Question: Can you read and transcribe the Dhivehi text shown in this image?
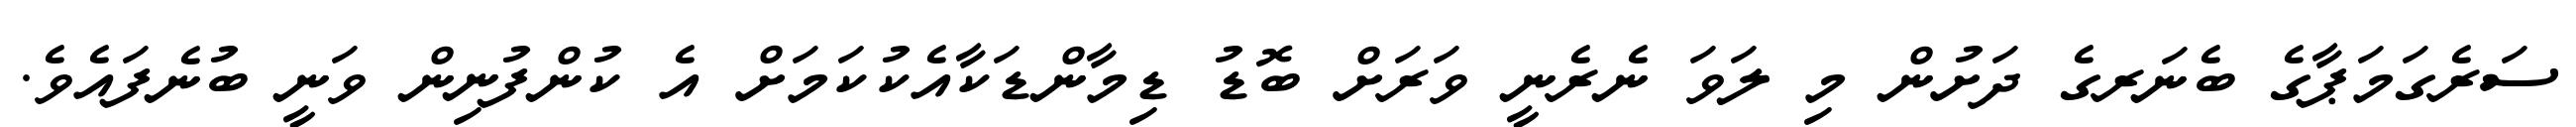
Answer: ސަރެގަމަޕާގެ ބެނަރގެ ދަށުން މި ލަވަ ނެރެނީ ވަރަށް ބޮޑު ޑިމާންޑަކާއެކުކަމަށް އެ ކުންފުނިން ވަނީ ބުނެފައެވެ.